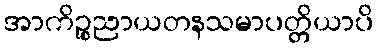
အာကိဉ္စညာယတနသမာပတ္တိယာပိ